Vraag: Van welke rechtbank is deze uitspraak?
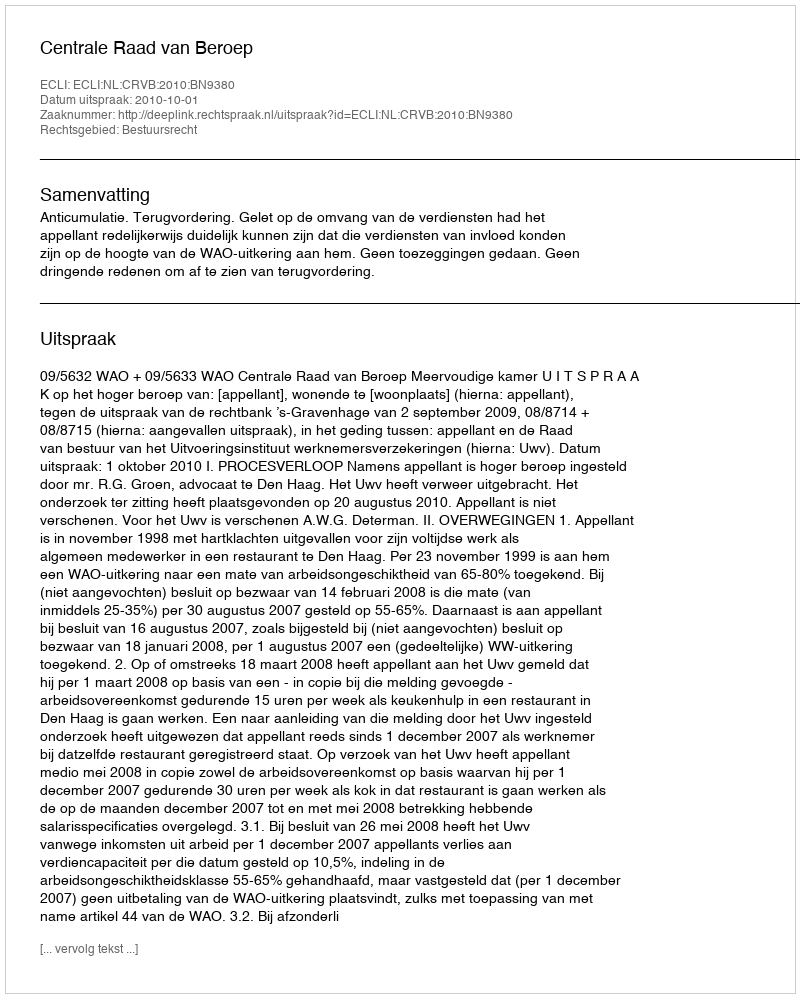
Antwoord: Centrale Raad van Beroep